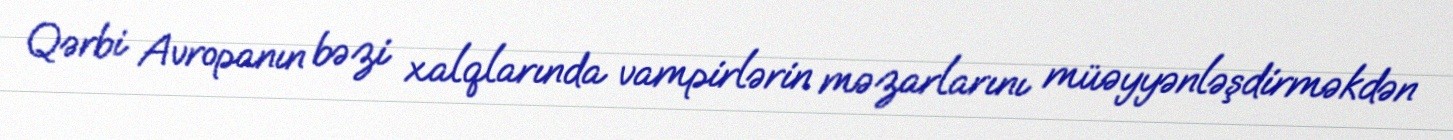
Qərbi Avropanın bəzi xalqlarında vampirlərin məzarlarını müəyyənləşdirməkdən